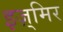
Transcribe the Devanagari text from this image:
इज़्मिर